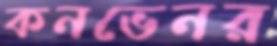
কনভেনর